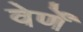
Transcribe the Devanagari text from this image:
वेर्णें